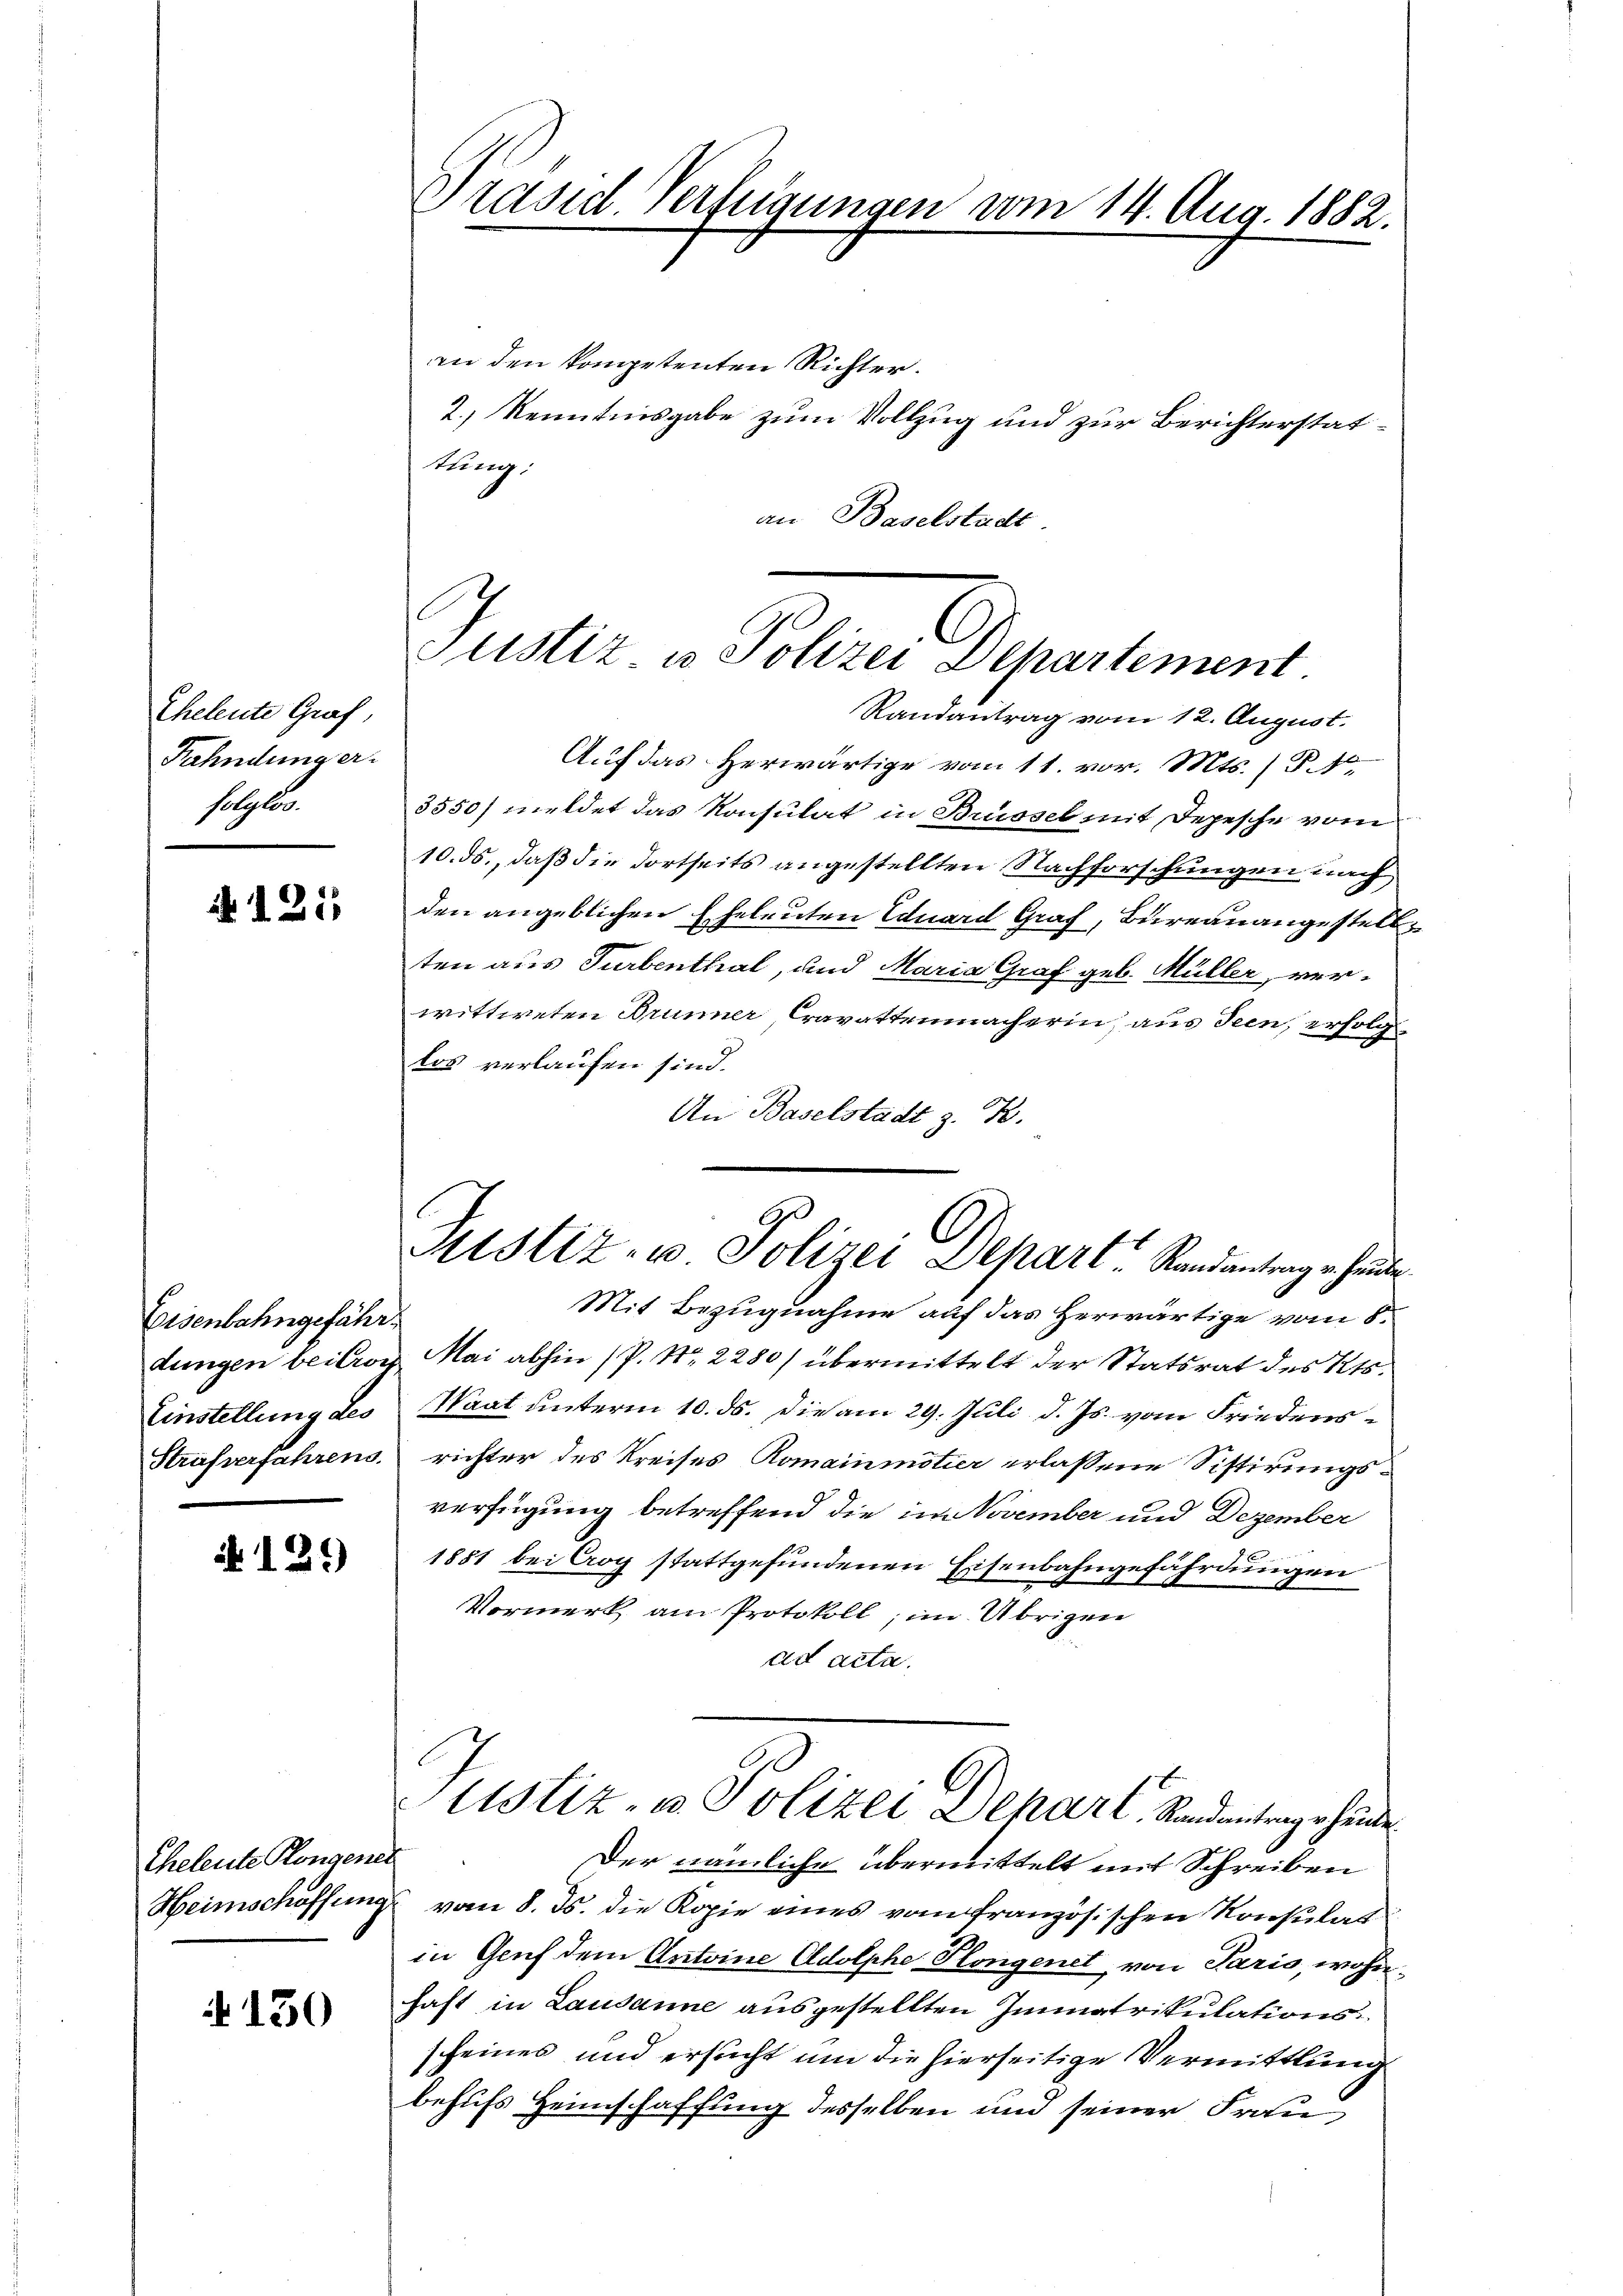
Theleute Graf,
Fahndung er
solglos.

A 125.

Eisenbahngefähr¬
Einstellung des

i 129

Eheleute Plangener

N 130

Präsid. Verfügungen vom 14. Aug. 1882.

an den kompetenten Richter.
2.) Kenntnisgabe zum Vollzug und zur Berichterstattung:
an Baselstadt
Randantrag vom 12. August.
Auf das Herwärtige vom 11. vor. Mts. (T.4.
3550) meldet das Konsulat in Brüssel mit Depesche vom
10. ds., daß die dortseits angestellten Nachforschungen nach
den angeblichen Eheleuten Eduard Graf, Bureanangestellten aus Turbenthal, und Maria Graf geb. Müller verwittweten Brunner Cravattenmächerin, aus Seen, erfolg
tes verlaufen sind.
An Baselstadt z. B.
Mit Bezugnahme auf das Herwärtige vom 8.
dungen bei rog Mai abhin (P. Nr. 2280/ übermittelt der Statsrat des Kts.
Waat unterm 10. ds. Die am 29. Juli d. Js. vom Friedens¬
Strafverfahrens. richter des Kreises Romainmötier erlassene Sistirungsverfügung betreffend die im November und Dezember
1851 bei Crog stattgefundenen Eisenbahngefährdungen
Vormerk am Protokoll; im Übrigen
ad acta.
Ustiz- u. Polizei Depart, Randantragschende
Der nämliche übermittelt mit Schreiben
Heimschöffung vom 8. ds. die Kopie eines vom französischen Konsulat
in Gruf dem Antoine Adolphe Plangenet, von Paris, wohnhaft in Lausanne ausgestellten Immatrikulationsscheines und ersucht um die hierseitige Vermittlung
behufs Heimschaffung desselben und seiner Frau

Justiz, u. Polizei Departement

Mtstiz- u Polizei Depart. Randantrag er heute.